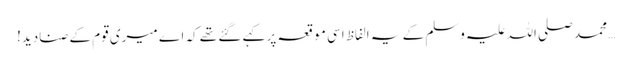
… محمد صلی اللہ علیہ وسلم کے یہ الفاظ اسی موقعہ پر کہے گئے تھے کہ اے میری قوم کے صنادید!